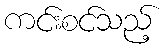
ကင်းစင်သည့်